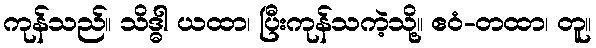
ကုန်သည်။ သိဒ္ဓါ ယထာ၊ ပြီးကုန်သကဲ့သို့။ ဧဝံ-တထာ၊ တူ။